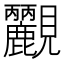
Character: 𧢮